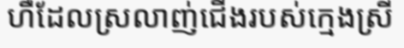
ហឺដែលស្រលាញ់ជើងរបស់ក្មេងស្រី